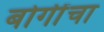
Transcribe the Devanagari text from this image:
बोगींचा